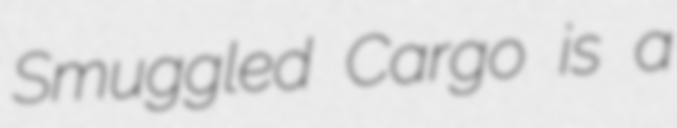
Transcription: Smuggled Cargo is a